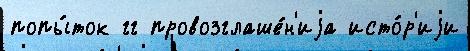
попы́ток гг провозглаше́н'иjа исто́р'иjи